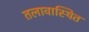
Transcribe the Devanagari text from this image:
तलावास्थित